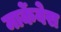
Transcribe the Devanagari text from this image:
मार्केवेस